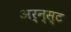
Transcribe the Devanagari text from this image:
अर्न्‍स्ट